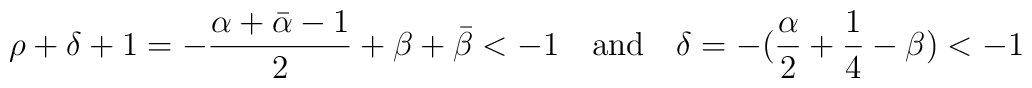
\rho+\delta+1=-\frac{\alpha+\bar{\alpha}-1}{2}+\beta+\bar{\beta} <-1\quad \textrm{and} \quad \delta=-(\frac{\alpha}{2}+\frac{1}{4}-\beta)<-1